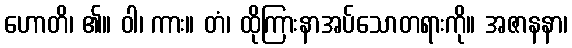
ဟောတိ၊ ၏။ ဝါ၊ ကား။ တံ၊ ထိုကြားနာအပ်သောတရားကို။ အဇာနနာ၊